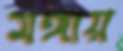
মঙ্গায়